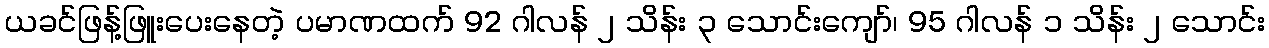
ယခင်ဖြန့်ဖြူးပေးနေတဲ့ ပမာဏထက် 92 ဂါလန် ၂ သိန်း ၃ သောင်းကျော်၊ 95 ဂါလန် ၁ သိန်း ၂ သောင်း